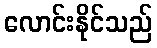
လောင်းနိုင်သည်